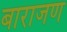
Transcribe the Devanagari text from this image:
बाराजण